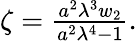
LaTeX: \begin{array}{r}{\zeta=\frac{{a}^{2}\lambda^{3}w_{2}}{{a}^{2}\lambda^{4}-1}.}\end{array}